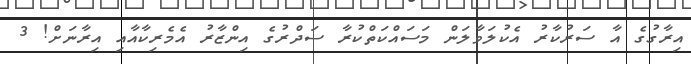
އިރާގުގެ އާ ސަރުކާރު އެކުލަވާލަން މަސައްކަތްކުރާ ސަދްރުގެ އިންޒާރު އެމެރިކާއާއި އިރާނަށް! 3